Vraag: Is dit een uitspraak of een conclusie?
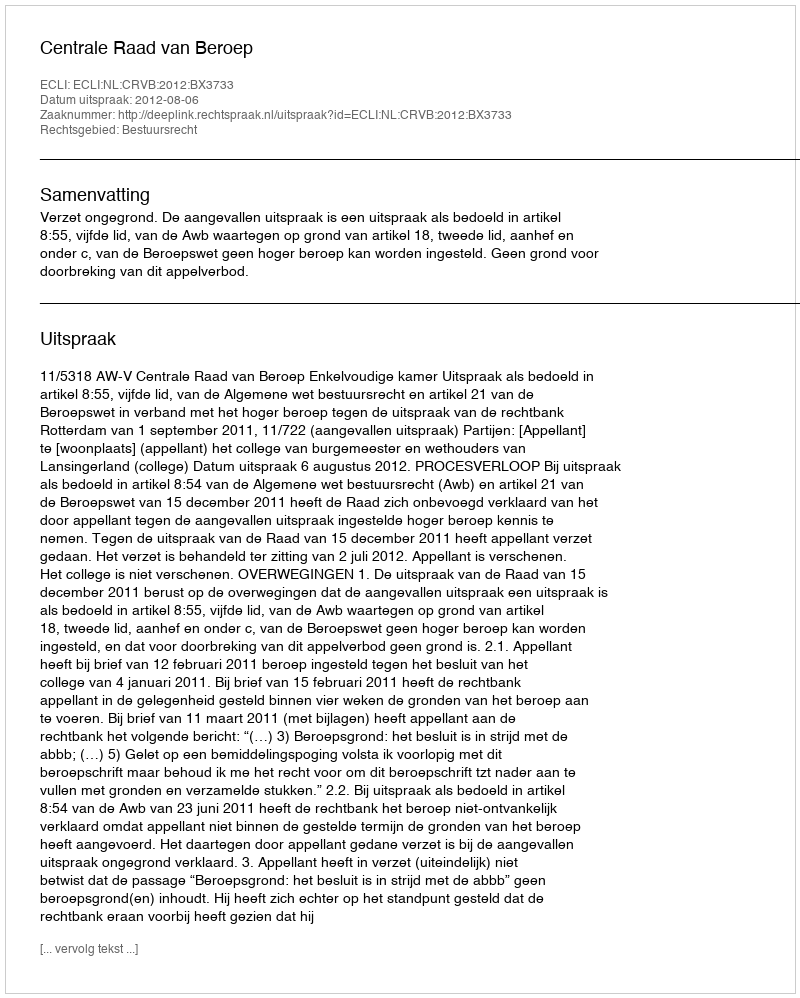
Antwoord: Uitspraak